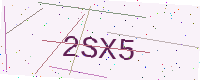
Text: 2SX5